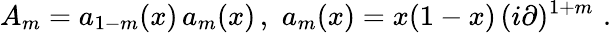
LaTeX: A_{m}=a_{1-m}(x)\, a_{m}(x)\, ,\, \, a_{m}(x)=x(1-x)\, (i\partial)^{1+m}\, \, .